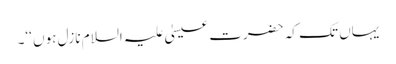
یہاں تک کہ حضرت عیسیٰ علیہ السلام نازل ہوں ‘‘۔